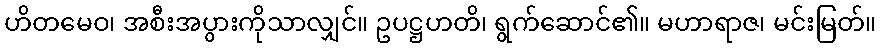
ဟိတမေဝ၊ အစီးအပွားကိုသာလျှင်။ ဥပဋ္ဌဟတိ၊ ရွက်ဆောင်၏။ မဟာရာဇ၊ မင်းမြတ်။